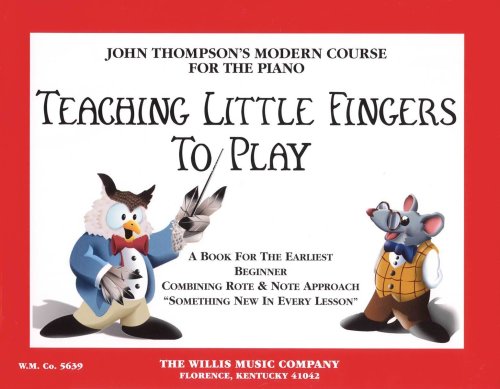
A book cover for Teaching Little Fingers to Play: A Book for the Earliest Beginner (John Thompsons Modern Course for The Piano); John Thompson; Humor & Entertainment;